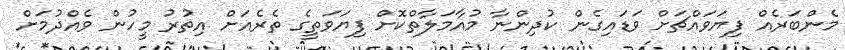
މެންބަރެއް ފިޔަވައްޗަށް ވަޑައިގެން ކުދިންނާ މުއާމަލާތްކޮށް ފިޔަވަތީގެ ތެރެއަށް އިތުރު މީހުން ވެއްދުމަށް